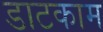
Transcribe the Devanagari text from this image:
डाटकाम